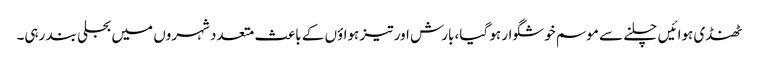
ٹھنڈی ہوائیں چلنے سے موسم خوشگوار ہو گیا، بارش اور تیز ہواؤں کے باعث متعدد شہروں میں بجلی بند رہی۔